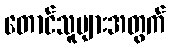
တောင်သူများအတွက်